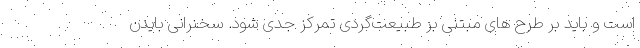
است و باید بر طرح های مبتنی بر طبیعت‌گردی تمرکز جدی شود. سخنرانی بایدن